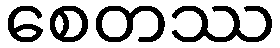
စေတဿ